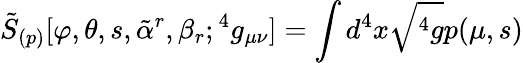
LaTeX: {\tilde{S}}_{(p)}[\varphi,\theta,s,{\tilde{\alpha}}^{r},\beta_{r};{}^{4}g_{\mu\nu}]=\int d^{4}x\sqrt{{}^{4}g}p(\mu,s)